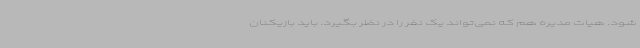
شود. هیات مدیره هم که نمی‌تواند یک نفر را در نظر بگیرد. باید بازیکنان